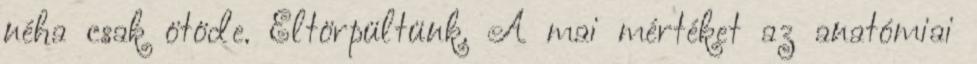
néha csak ötöde. Eltörpültünk. A mai mértéket az anatómiai